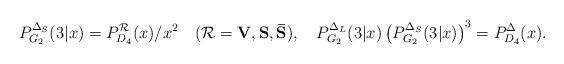
LaTeX: \begin{align*}P_{G_2}^{\Delta_S}(3|x)=P_{D_4}^{{\cal R}}(x)/x^2\quad ({\cal R}={\bf V}, {\bf S}, {\bf \bar{S}}),\quad P_{G_2}^{\Delta_L}(3|x)\left(P_{G_2}^{\Delta_S}(3|x)\right)^3= P_{D_4}^{\Delta}(x). \end{align*}